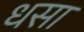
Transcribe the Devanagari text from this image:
धसा